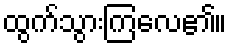
ထွက်သွားကြလေ၏။